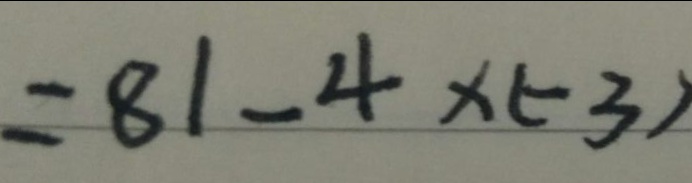
= 8 1 - 4 \times ( - 3 )